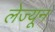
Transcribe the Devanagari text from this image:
लेज्यून